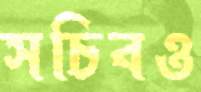
সচিবও